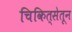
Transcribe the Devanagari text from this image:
चिकित्सेतून